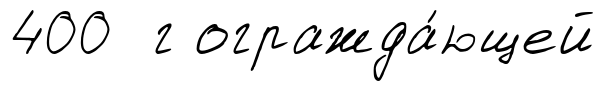
400 г огражда́ющей